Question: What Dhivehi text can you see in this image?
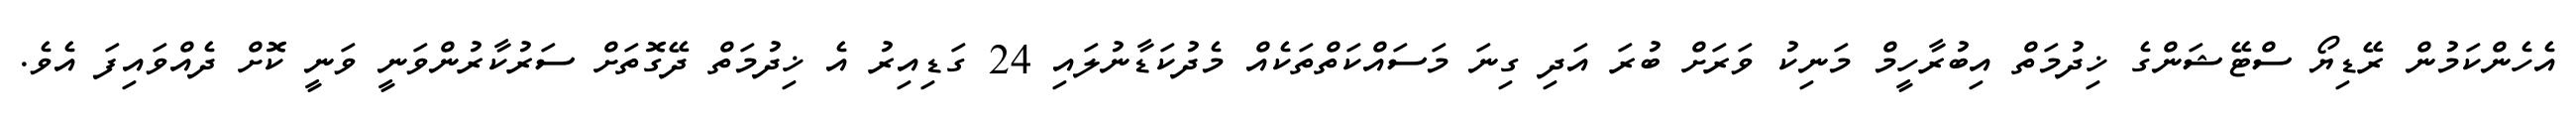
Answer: އެހެންކަމުން ރޭޑިޔޯ ސްޓޭޝަންގެ ޚިދުމަތް އިބުރާހީމް މަނިކު ވަރަށް ބުރަ އަދި ގިނަ މަސައްކަތްތަކެއް މެދުކަޑާނުލައި 24 ގަޑިއިރު އެ ޚިދުމަތް ދޭގޮތަށް ސަރުކާރުންވަނީ ވަނީ ކޮށް ދެއްވައިފަ އެވެ.